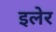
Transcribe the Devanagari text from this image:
इलेर